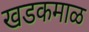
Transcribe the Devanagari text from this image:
खडकमाळ